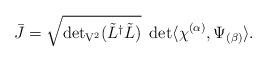
LaTeX: \begin{align*}\bar J = \sqrt{{\det}_{\rm V^2} (\tilde L^\dagger \tilde L)}\ \det \langle \chi^{(\alpha)} ,\Psi_{(\beta)} \rangle.\end{align*}